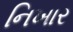
નિખાર